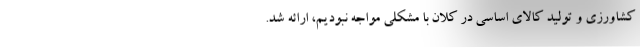
کشاورزی و تولید کالای اساسی در کلان با مشکلی مواجه نبودیم، ارائه شد.